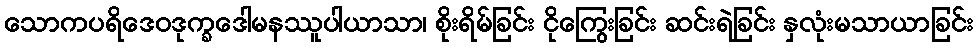
သောကပရိဒေဝဒုက္ခဒေါမနဿူပါယာသာ၊ စိုးရိမ်ခြင်း ငိုကြွေးခြင်း ဆင်းရဲခြင်း နှလုံးမသာယာခြင်း